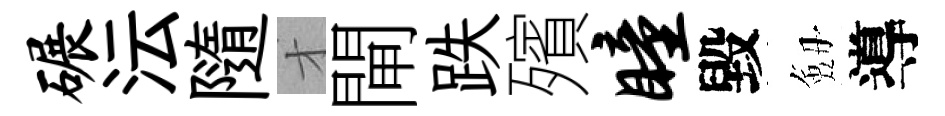
碾沄隨才閘跌殯瞳毀劔導